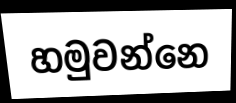
හමුවන්නෙ